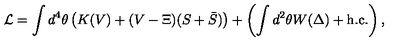
{ \cal L } = \int d ^ { 4 } \theta \left( K ( V ) + ( V - \Xi ) ( S + \bar { S } ) \right) + \left( \int d ^ { 2 } \theta W ( \Delta ) + \mathrm { h . c . } \right) ,